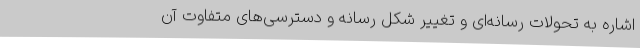
اشاره به تحولات رسانه‌ای و تغییر شکل رسانه و دسترسی‌های متفاوت آن